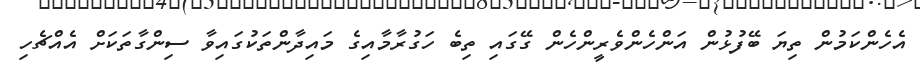
އެހެންކަމުން ތިޔަ ބޭފުޅުން އަންހެންވެރީންހެން ގޭގައި ތިބެ ހަގުރާމާއިގެ މައިދާންތަކުގައިވާ ސިންގާތަކަށް އެއްޗެހި